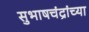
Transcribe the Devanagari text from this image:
सुभाषचंद्रांच्या